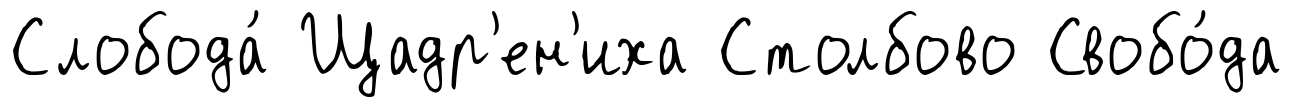
Слобода́ Щадр'ен'иха Столбово Свобо́да